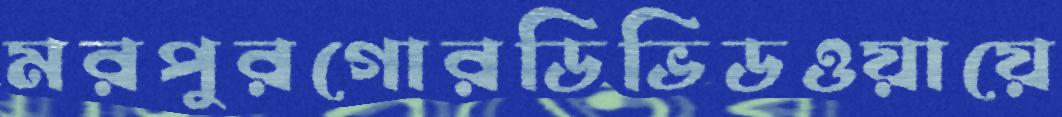
মরপুরগোরডিভিডওয়ায়ে